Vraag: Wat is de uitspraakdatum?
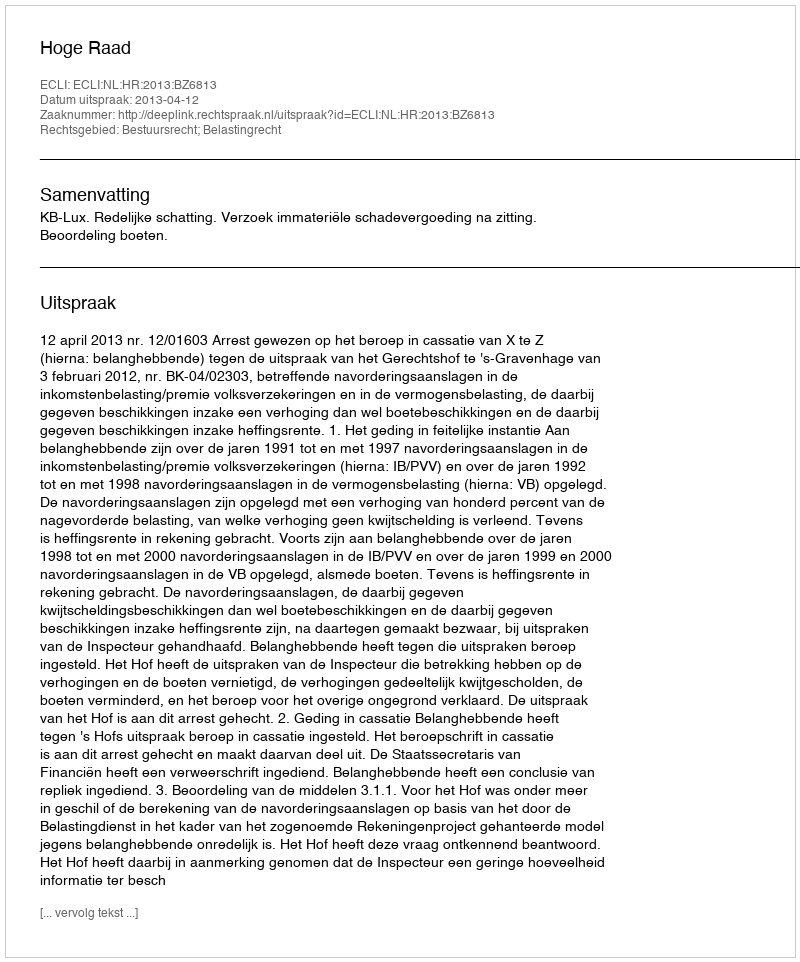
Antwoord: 2013-04-12